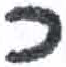
אות: כ